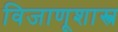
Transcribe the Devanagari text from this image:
विजाणूशास्त्र